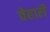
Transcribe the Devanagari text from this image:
वेहारी